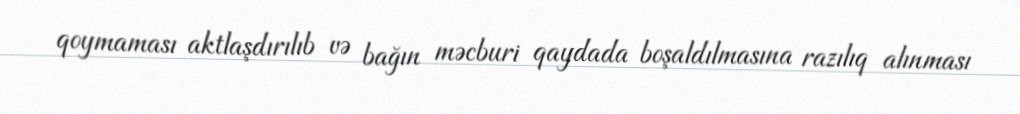
qoymaması aktlaşdırılıb və bağın məcburi qaydada boşaldılmasına razılıq alınması